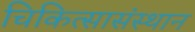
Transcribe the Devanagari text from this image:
चिकित्सासंस्थान